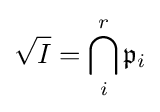
{\sqrt {I}}=\bigcap _{i}^{r}{\mathfrak {p}}_{i}